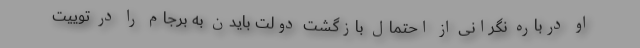
او درباره نگرانی از احتمال بازگشت دولت بایدن به برجام را در توییت